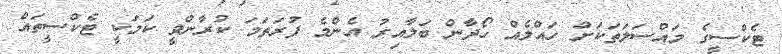
ޓެކްސީގެ މައްސަލަތަކަށް ހައްލެއް ހޯދާން ބަލާއިރު އެންމެ ފުރަތަމަ ކުރާންވީ ކަމަކީ ޓެކްސީތައް